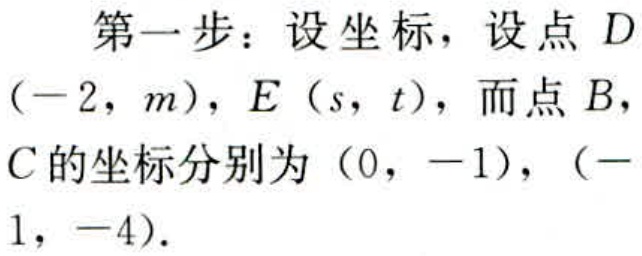
第一步：设坐标，设点 \(D\)
\((-2,m)\)，\(E(s,t)\)，而点 \(B\)，
\(C\)的坐标分别为 \((0,-1)\)，\((-
1,-4)\)。